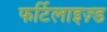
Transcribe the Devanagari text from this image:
फर्टिलाइज़्ड